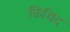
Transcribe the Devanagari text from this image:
किंचिद